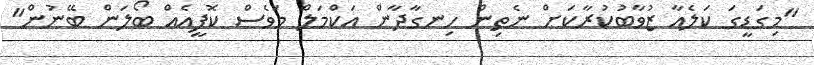
"މިގަޑީގަ ކަލެއާ ޒުވާބުކުރާކަށް ނެތިން ހިނގާދާން އަކްމަލް މަވެސް ކޮފީއެއް ބޯލަން ބޭނުން"